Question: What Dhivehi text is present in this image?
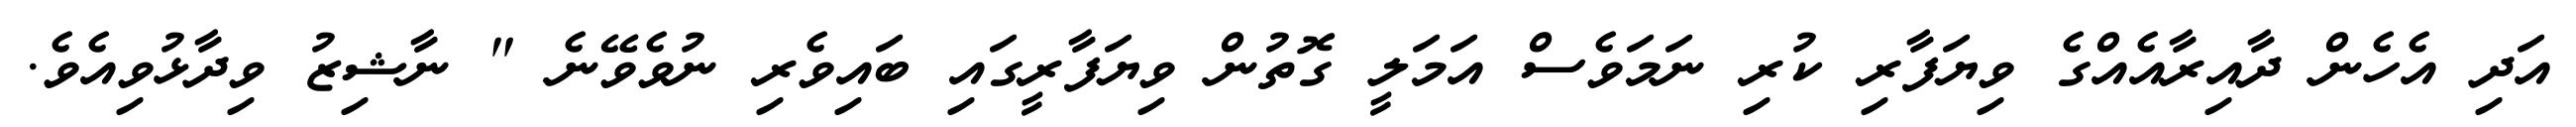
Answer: އަދި އެހެން ދާއިރާއެއްގެ ވިޔަފާރި ކުރި ނަމަވެސް އަމަލީ ގޮތުން ވިޔަފާރީގައި ބައިވެރި ނުވެވޭނެ " ނާޝިޒު ވިދާޅުވިއެވެ.